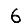
Digit: 6